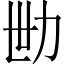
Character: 𱐬